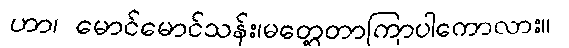
ဟာ၊ မောင်မောင်သန်း၊မတွေ့တာကြာပါကောလား။